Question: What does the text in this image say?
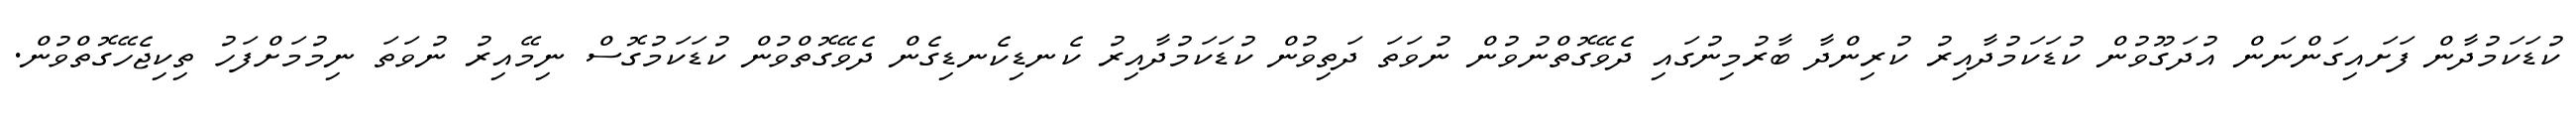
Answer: ކުޑަކަމުދާން ފަށައިގަންނަން އުދަގޫވުން ކުޑަކަމުދާއިރު ކުރިންދާ ބާރުމިނުގައި ދެވޭގޮތްނުވުން ނުވަތަ ދަތިވުން ކުޑަކަމުދާއިރު ކެނޑިކެނޑިގެން ދެވޭގޮތްވުން ކުޑަކަމުގޮސް ނިމޭއިރު ނުވަތަ ނިމުމަށްފަހު ތިކިޖެހޭގޮތްވުން.